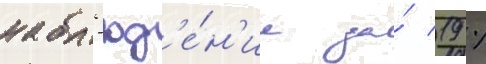
набл'юд'е́н'ие за́ 19 %